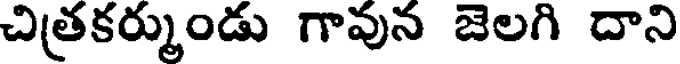
చిత్రకర్ముండు గావున జెలగి దాని